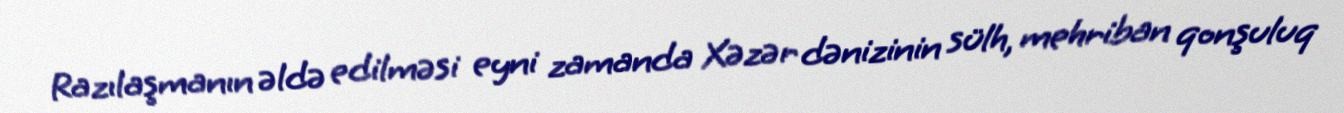
Razılaşmanın əldə edilməsi eyni zamanda Xəzər dənizinin sülh, mehriban qonşuluq